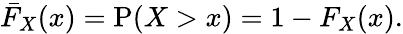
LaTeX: {\bar{F}}_{X}(x)=\operatorname{P}(X>x)=1-F_{X}(x).